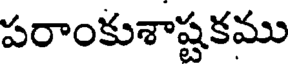
పరాంకుశాష్టకము